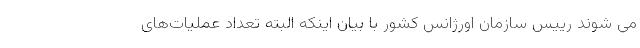
می شوند رییس سازمان اورژانس کشور با بیان اینکه البته تعداد عملیات‌های